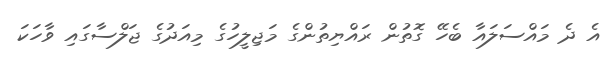
އެ ދެ މައްސަލައާ ބެހޭ ގޮތުން ރައްޔިތުންގެ މަޖިލީހުގެ މިއަދުގެ ޖަލްސާގައި ވާހަކަ